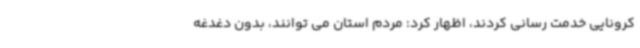
کرونایی خدمت رسانی کردند، اظهار کرد: مردم استان می توانند، بدون دغدغه